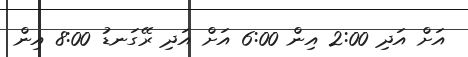
އަށް އަދި 2:00 އިން 6:00 އަށް އަދި ރޭގަނޑު 8:00 އިން